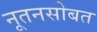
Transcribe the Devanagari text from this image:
नूतनसोबत